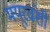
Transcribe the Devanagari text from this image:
मयूरवंशी